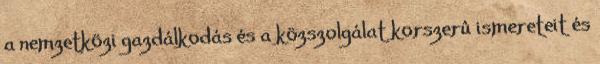
a nemzetközi gazdálkodás és a közszolgálat korszerû ismereteit és